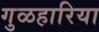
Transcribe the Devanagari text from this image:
गुळहारिया